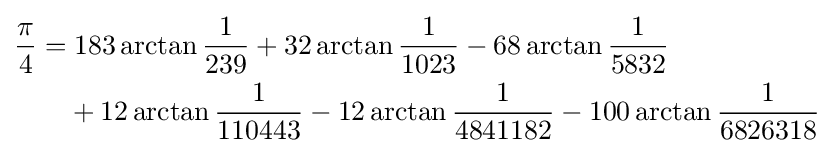
{\begin{aligned}{\frac {\pi }{4}}=&\;183\arctan {\frac {1}{239}}+32\arctan {\frac {1}{1023}}-68\arctan {\frac {1}{5832}}\\&+12\arctan {\frac {1}{110443}}-12\arctan {\frac {1}{4841182}}-100\arctan {\frac {1}{6826318}}\\\end{aligned}}